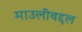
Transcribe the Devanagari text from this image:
माउलींबद्दल